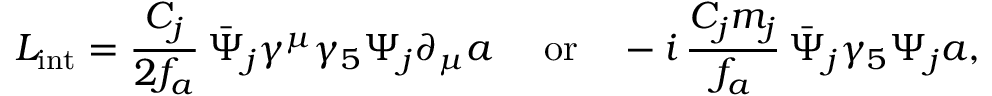
{ \cal L } _ { \mathrm { i n t } } = \frac { C _ { j } } { 2 f _ { a } } \, \bar { \Psi } _ { j } \gamma ^ { \mu } \gamma _ { 5 } \Psi _ { j } \partial _ { \mu } a \mathrm { \quad ~ o r \quad } - i \, \frac { C _ { j } m _ { j } } { f _ { a } } \, \bar { \Psi } _ { j } \gamma _ { 5 } \Psi _ { j } a ,